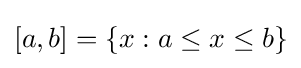
[a,b]=\{x:a\leq x\leq b\}